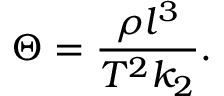
\Theta = \frac { \rho l ^ { 3 } } { T ^ { 2 } k _ { 2 } } .